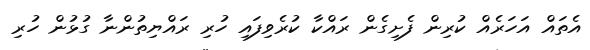
އެތައް އަހަރެއް ކުރިން ފެށިގެން ރައްކާ ކުރެވިފައި ހުރި ރައްޔިތުންނާ ގުޅުން ހުރި